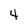
Character: 4